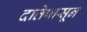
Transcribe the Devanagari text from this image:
दातेपासून